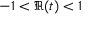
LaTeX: - 1 < \Re ( t ) < 1